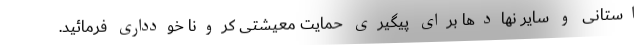
استانی و سایر نهادها برای پیگیری حمایت معیشتی کرونا خودداری فرمائید.